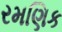
રમણિક